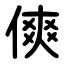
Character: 傸